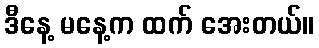
ဒီနေ့ မနေ့က ထက် အေးတယ်။